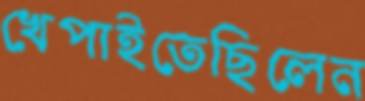
খেপাইতেছিলেন